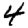
Digit: 4